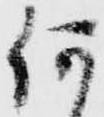
何